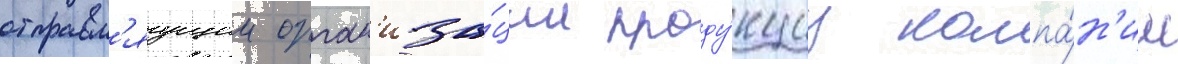
отправл'яущии орган'иза́ции проду́кциу компа́н'ии